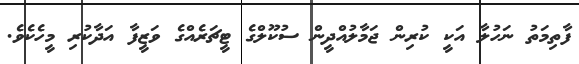
ފާތިމަތު ނަހުލާ އަކީ ކުރިން ޖަމާލުއްދީން ސުކޫލްގެ ޓީޗަރެއްގެ ވަޒީފާ އަދާކުރި މީހެކެވެ.